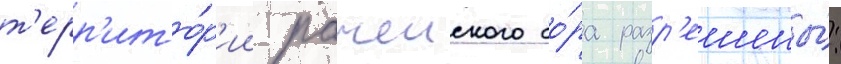
т'ерр'ито́р'ии рачеиского бо́ра разр'ешены́: